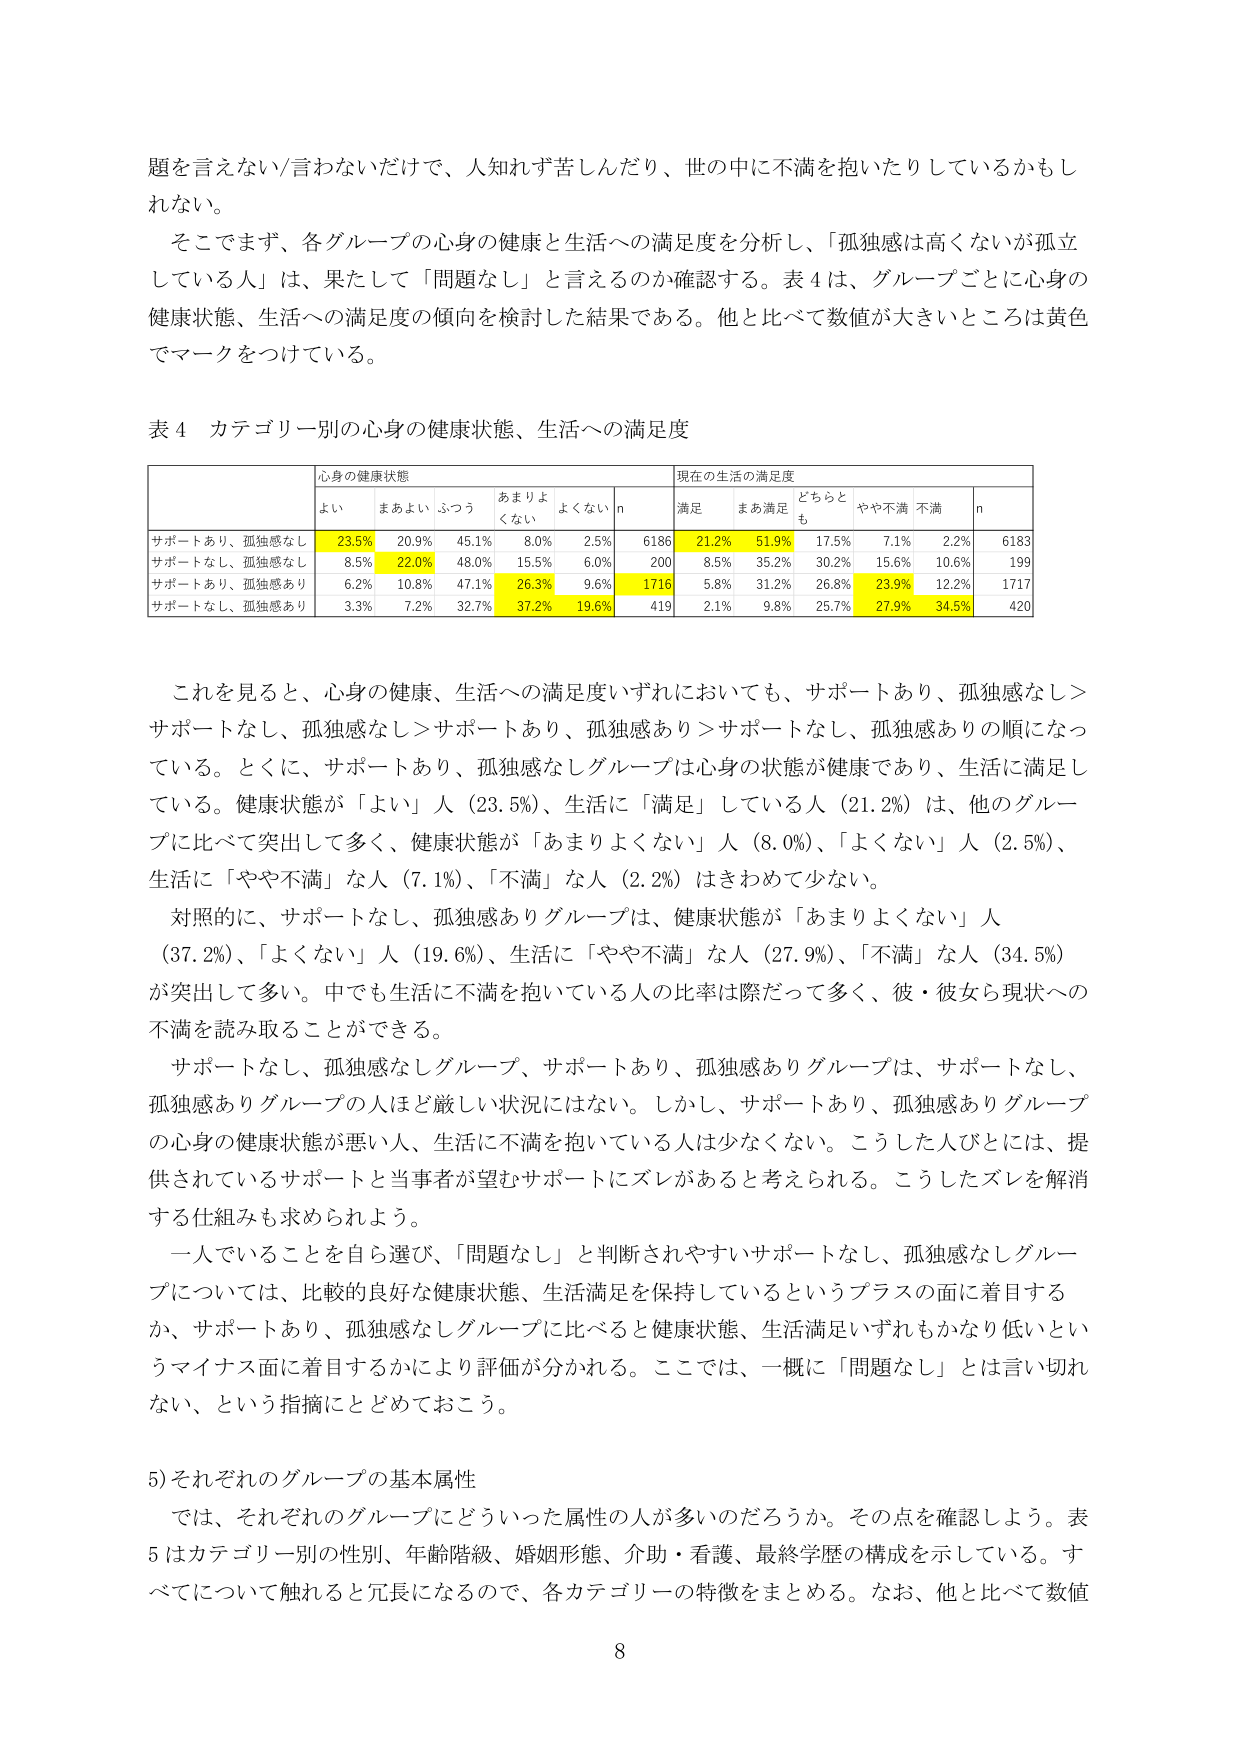
題を言えない/言わないだけで、人知れず苦しんだり、世の中に不満を抱いたりしているかもしれな い。

そこでまず、各グループの心身の健康と生活への満足度を分析し、「孤独感は高くないが孤立している人」は、果たして「問題なし」と言えるのか確認する。表4は、グループごとに心身の健康状態、生活への満足度の傾向を検討した結果である。他と比べて数値が大きいところは黄色でマークをつけている。

表4 カテゴリー別の心身の健康状態、生活への満足度

| | 心身の健康状態 | | | | | 現在の生活の満足度 | | | | | |
|---|---|---|---|---|---|---|---|---|---|---|---|
| | よい | まあよい | ふつう | あまりよくない | よくない | n | 満足 | まあ満足 | どちらとも | やや不満 | 不満 | n |
| サポートあり、孤独感なし | 23.5% | 20.9% | 45.1% | 8.0% | 2.5% | 6186 | 21.2% | 51.9% | 17.5% | 7.1% | 2.2% | 6183 |
| サポートなし、孤独感なし | 8.5% | 22.0% | 48.0% | 15.5% | 6.0% | 200 | 8.5% | 35.2% | 30.2% | 15.6% | 10.6% | 199 |
| サポートあり、孤独感あり | 6.2% | 10.8% | 47.1% | 26.3% | 9.6% | 1716 | 5.8% | 31.2% | 26.8% | 23.9% | 12.2% | 1717 |
| サポートなし、孤独感あり | 3.3% | 7.2% | 32.7% | 37.2% | 19.6% | 419 | 2.1% | 9.8% | 25.7% | 27.9% | 34.5% | 420 |

これを見ると、心身の健康、生活への満足度いずれにおいても、サポートあり、孤独感なし＞サポートなし、孤独感なし＞サポートあり、孤独感あり＞サポートなし、孤独感ありの順になっている。とくに、サポートあり、孤独感なしグループは心身の状態が健康であり、生活に満足している。健康状態が「よい」人（23.5%）、生活に「満足」している人（21.2%）は、他のグループに比べて突出して多く、健康状態が「あまりよくない」人（8.0%）、「よくない」人（2.5%）、生活に「やや不満」な人（7.1%）、「不満」な人（2.2%）はきわめて少ない。

対照的に、サポートなし、孤独感ありグループは、健康状態が「あまりよくない」人（37.2%）、「よくない」人（19.6%）、生活に「やや不満」な人（27.9%）、「不満」な人（34.5%）が突出して多い。中でも生活に不満を抱いている人の比率は際だって多く、彼・彼女ら現状への不満を読み取ることができる。

サポートなし、孤独感なしグループ、サポートあり、孤独感ありグループは、サポートなし、孤独感ありグループの人ほど厳しい状況にはない。しかし、サポートあり、孤独感ありグループの心身の健康状態が悪い人、生活に不満を抱いている人は少なくない。こうした人びとには、提供されているサポートと当事者が望むサポートにズレがあると考えられる。こうしたズレを解消する仕組みも求められよう。

一人でいることを自ら選び、「問題なし」と判断されやすいサポートなし、孤独感なしグループについては、比較的良好な健康状態、生活満足を保持しているというプラスの面に着目するか、サポートあり、孤独感なしグループに比べると健康状態、生活満足いずれもかなり低いというマイナス面に着目するかにより評価が分かれる。ここでは、一概に「問題なし」とは言い切れない、という指摘にとどめておこう。

5) それぞれのグループの基本属性

では、それぞれのグループにどういった属性の人が多いのだろうか。その点を確認しよう。表5はカテゴリー別の性別、年齢階級、婚姻形態、介助・看護、最終学歴の構成を示している。すべてについて触れると冗長になるので、各カテゴリーの特徴をまとめる。なお、他と比べて数値

8